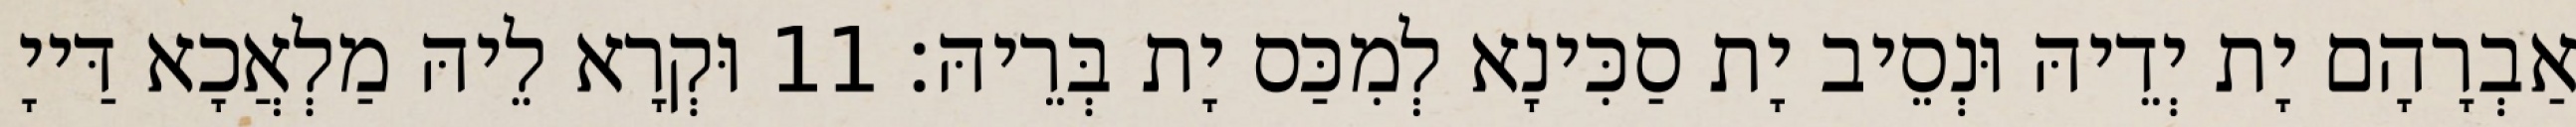
אַבְרָהָם יָת יְדֵיהּ וּנְסֵיב יָת סַכִּינָא לְמִכַּס יָת בְּרֵיהּ׃ 11 וּקְרָא לֵיהּ מַלְאֲכָא דַּייָ